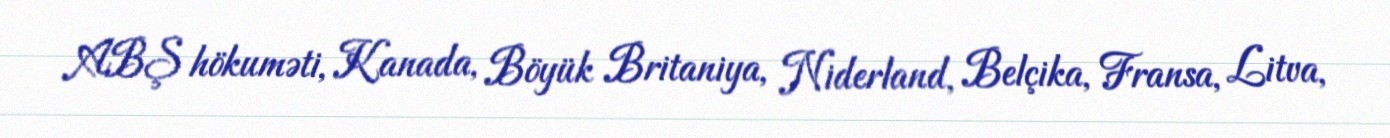
ABŞ hökuməti, Kanada, Böyük Britaniya, Niderland, Belçika, Fransa, Litva,